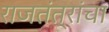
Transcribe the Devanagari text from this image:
राजतंत्रांचा